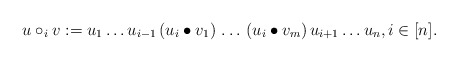
\begin{align*} u \circ_i v := u_1 \dots u_{i - 1} \, (u_i \bullet v_1) \, \dots \, (u_i \bullet v_m) \, u_{i + 1} \dots u_n, i \in [n].\end{align*}